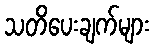
သတိပေးချက်များ